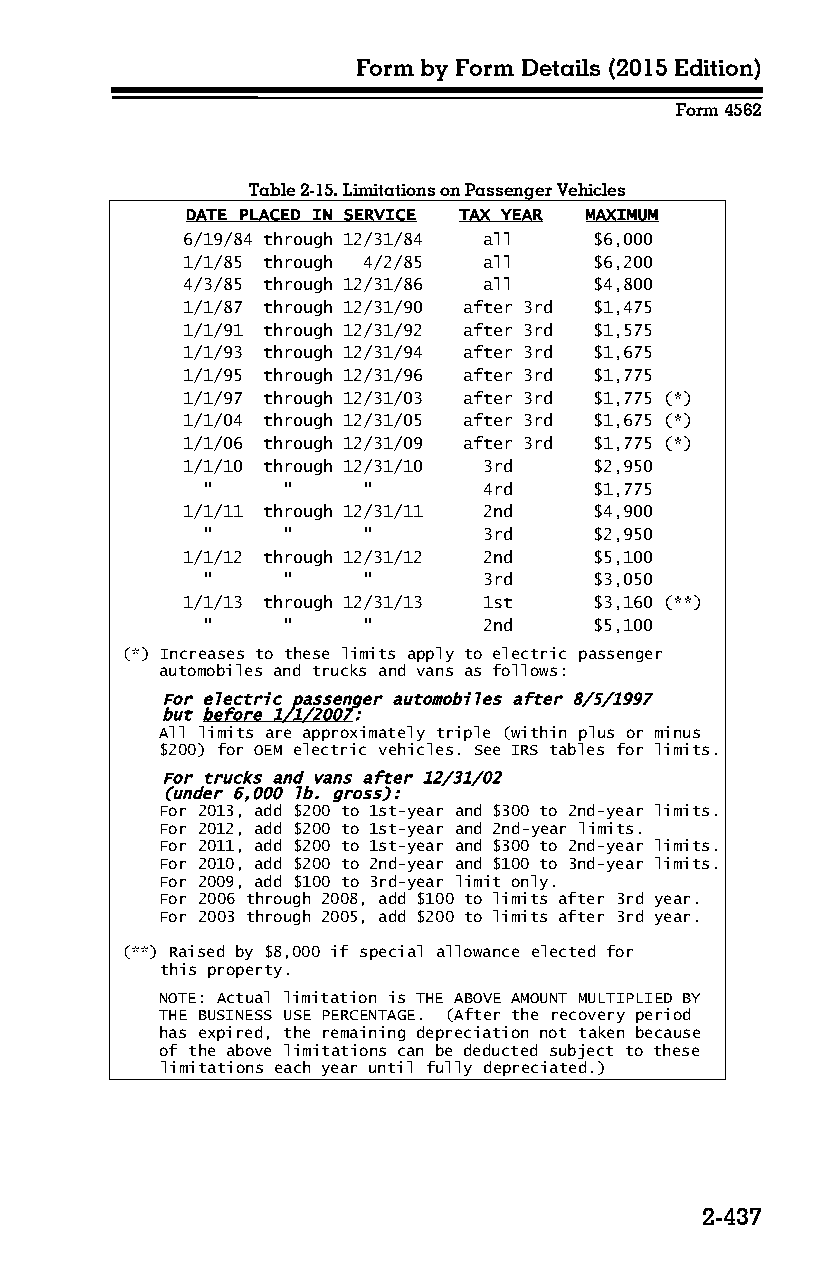
Form by Form Details (2015 Edition)
 Form 4562
 Table 2-15. Limitations on Passenger Vehicles
 DATE PLACED IN SERVICE TAX YEAR MAXIMUM
 6/19/84 through 12/31/84 all $6,000
 1/1/85 through 4/2/85 all  $6,200
 4/3/85 through 12/31/86 all $4,800
 1/1/87 through 12/31/90 after 3rd $1,475
 1/1/91 through 12/31/92 after 3rd $1,575
 1/1/93 through 12/31/94 after 3rd $1,675
 1/1/95 through 12/31/96 after 3rd $1,775
 1/1/97 through 12/31/03 after 3rd $1,775 (*)
 1/1/04 through 12/31/05 after 3rd $1,675 (*)
 1/1/06 through 12/31/09 after 3rd $1,775 (*)
 1/1/10 through 12/31/10 3rd $2,950
 "     "    "       4rd    $1,775
 1/1/11 through 12/31/11 2nd $4,900
 "     "    "       3rd    $2,950
 1/1/12 through 12/31/12 2nd $5,100
 "     "    "       3rd    $3,050
 1/1/13 through 12/31/13 1st $3,160 (**)
 "     "    "       2nd    $5,100
 (*) Increases to these limits apply to electric passenger
 automobiles and trucks and vans as follows:
 For electric passenger automobiles after 8/5/1997
 but before 1/1/2007:
 All limits are approximately triple (within plus or minus
 $200) for OEM electric vehicles. See IRS tables for limits.
 For trucks and vans after 12/31/02
 (under 6,000 lb. gross):
 For 2013, add $200 to 1st-year and $300 to 2nd-year limits.
 For 2012, add $200 to 1st-year and 2nd-year limits.
 For 2011, add $200 to 1st-year and $300 to 2nd-year limits.
 For 2010, add $200 to 2nd-year and $100 to 3nd-year limits.
 For 2009, add $100 to 3rd-year limit only.
 For 2006 through 2008, add $100 to limits after 3rd year.
 For 2003 through 2005, add $200 to limits after 3rd year.
 (**) Raised by $8,000 if special allowance elected for
 this property.
 NOTE: Actual limitation is THE ABOVE AMOUNT MULTIPLIED BY
 THE BUSINESS USE PERCENTAGE. (After the recovery period
 has expired, the remaining depreciation not taken because
 of the above limitations can be deducted subject to these
 limitations each year until fully depreciated.)
 2-437